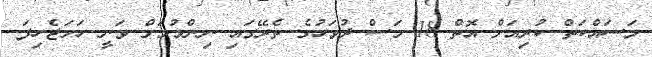
މަަސައްކަތް ކުރިއަށް އޮތް 18 މަސް ދުވަހުގެ ތެރޭގައި ނިންމުމަށް ވަނީ ހަމަަޖެހިފަ